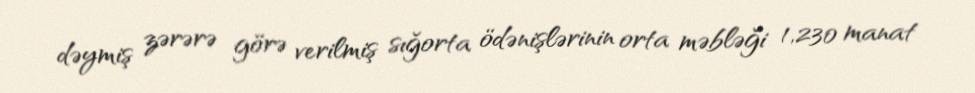
dəymiş zərərə görə verilmiş sığorta ödənişlərinin orta məbləği 1,230 manat